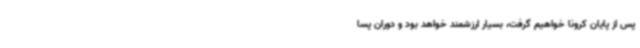
پس از پایان کرونا خواهیم گرفت، بسیار ارزشمند خواهد بود و دوران پسا